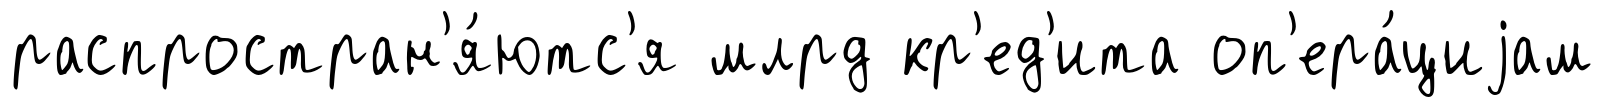
распростран'я́ютс'я млрд кр'ед'ита оп'ера́циjам